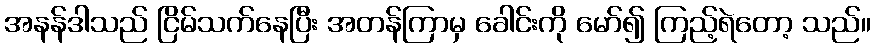
အနန်ဒါသည် ငြိမ်သက်နေပြီး အတန်ကြာမှ ခေါင်းကို မော်၍ ကြည့်ရဲတော့ သည်။